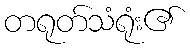
တရုတ်သံရုံး၏